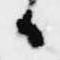
日